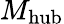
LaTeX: M_{\mathrm{hub}}